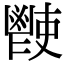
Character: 𩰢